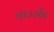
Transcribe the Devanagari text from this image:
थाउज़ेंड